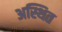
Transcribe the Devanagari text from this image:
अस्थित